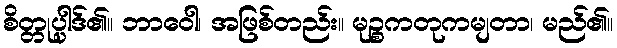
စိတ္တုပ္ပါဒ်၏။ ဘာဝေါ၊ အဖြစ်တည်း။ မုဉ္စကတုကမျတာ၊ မည်၏။